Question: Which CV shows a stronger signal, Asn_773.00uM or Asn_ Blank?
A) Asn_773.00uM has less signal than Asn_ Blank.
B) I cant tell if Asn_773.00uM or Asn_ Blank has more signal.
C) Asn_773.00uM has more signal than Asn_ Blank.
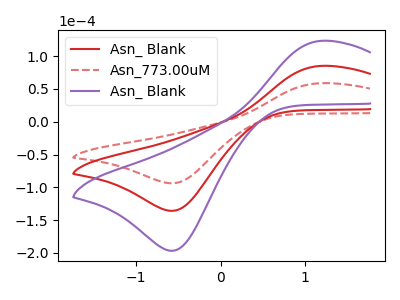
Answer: <think>The red curve "Asn_ Blank" has an anodic peak at (1.20V, 85.30uA) and a cathodic peak at (-0.55V, -135.85uA). The red dashed curve "Asn_773.00uM" has an anodic peak at (1.20V, 58.90uA) and a cathodic peak at (-0.55V, -93.80uA). The purple curve "Asn_ Blank" has an anodic peak at (1.20V, 170.60uA) and a cathodic peak at (-0.55V, -271.65uA).
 All the peaks in "Asn_773.00uM" have a peak in "Asn_ Blank" at the same potential. Every peak in "Asn_773.00uM" is lower than every peak in "Asn_ Blank".</think>
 <answer>A) "Asn_773.00uM" has less signal than "Asn_ Blank".</answer>
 <eval>A</eval>